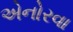
એનોરવા